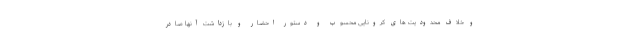
و خلاف محدودیت های کرونایی محسوب و دستور احضار و بازداشت آنها صادر